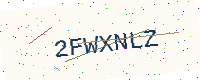
Text: 2FWXNLZ